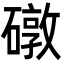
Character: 礅